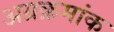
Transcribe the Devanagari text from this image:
अग्रक्रमांक